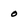
Character: 0